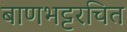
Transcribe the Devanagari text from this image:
बाणभट्टरचित